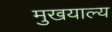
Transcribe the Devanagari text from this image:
मुखयाल्य